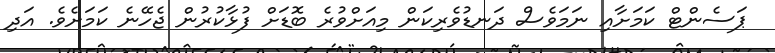
ޕަަސެންޓް ކަަމަށާއި ނަަމަވެސް ދަނޑުވެރިކަން މިއަށްވުރެ ބޮޑަށް ފުޅާކުރުން ޖެހޭނެ ކަމަށެވެ. އަދި